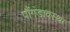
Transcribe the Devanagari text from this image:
पौंगंडावस्था